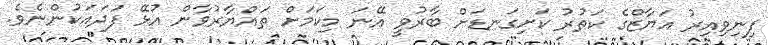
ފިނިވިއިރު އަޔާޒްގެ ކަތުރު ކަށިގަނޑަށް ބާރުވީ އޭނަ މިކަމަށް ތައްޔާރުވާން އުޅޭ ފަދައަކުންނެވެ.